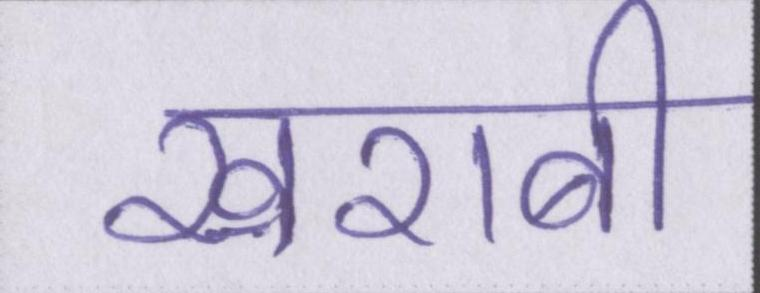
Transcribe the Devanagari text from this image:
खराबी